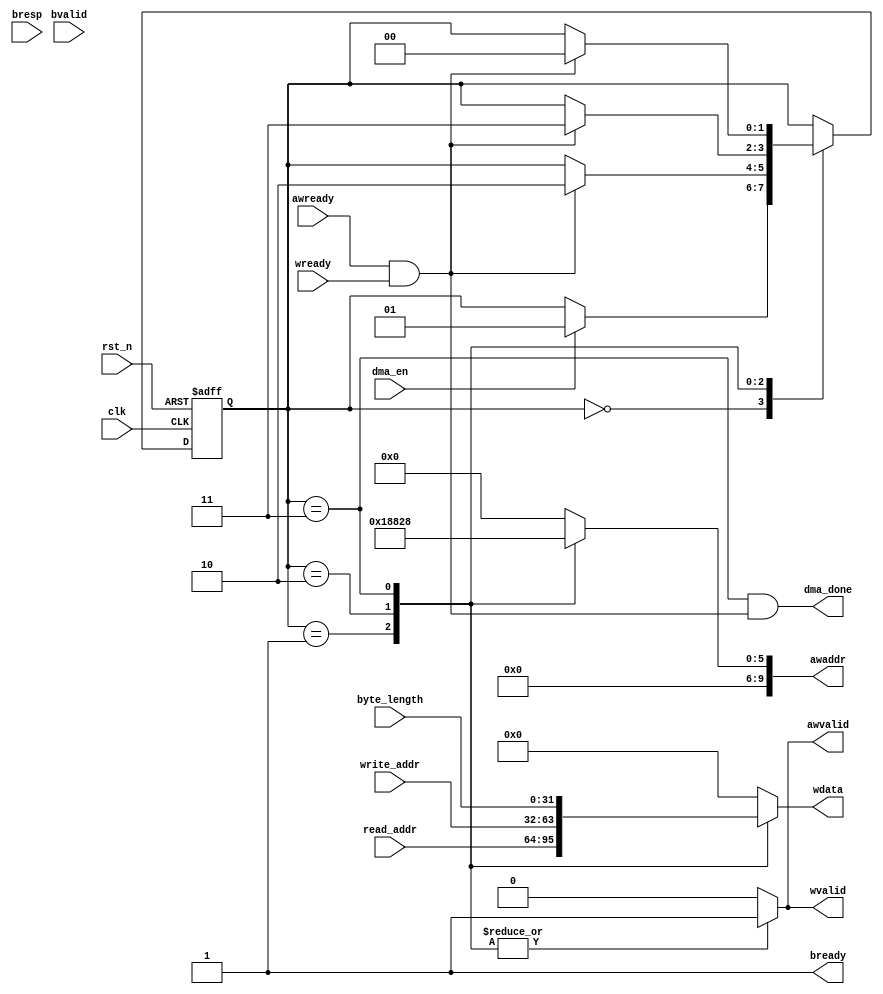
module CDMA_Control(
    input wire clk,
    input wire rst_n,
    input wire dma_en,
    input wire [31:0] read_addr,
    input wire [31:0] write_addr,
    input wire [31:0] byte_length,
    output wire dma_done,
    // AW channel
    input wire awready,
    output reg [9:0] awaddr,
    output reg awvalid,
    // B channel
    input wire [1:0] bresp,
    input wire bvalid,
    output wire bready,
    // W channel
    input wire wready,
    output reg [31:0] wdata,
    output reg wvalid
 
);
    parameter DEFAULT = 2'b00;
    parameter SET_READ_ADDR = 2'b01;
    parameter SET_WRITE_ADDR = 2'b10;
    parameter SET_BYTE_LENGTH = 2'b11;

    reg [1:0] state; // 00 - defaut, 01 - config read addr, 10 - config write addr, 11 - config byte length


    always @(posedge clk or negedge rst_n) begin
        if(!rst_n) begin
            state <= 2'b00;
        end
        else begin
            case(state)
                DEFAULT: begin
                    if(dma_en) state <= SET_READ_ADDR;
                    else state <= state;
                end
                SET_READ_ADDR: begin
                    if(awready & wready) state <= SET_WRITE_ADDR;
                    else state <= state;
                end
                SET_WRITE_ADDR: begin
                    if(awready & wready) state <= SET_BYTE_LENGTH;
                    else state <= state;
                end
                SET_BYTE_LENGTH: begin
                    if(awready & wready) state <= DEFAULT;
                end
                default: state <= DEFAULT;
            endcase
        end
    end

    always @(*) begin
        case(state)
            SET_READ_ADDR: begin
                awaddr = 10'h18;
                awvalid = 1'b1;
                wdata = read_addr;
                wvalid = 1'b1;
            end
            SET_WRITE_ADDR: begin
                awaddr = 10'h20;
                awvalid = 1'b1;
                wdata = write_addr;
                wvalid = 1'b1;
            end
            SET_BYTE_LENGTH: begin
                awaddr = 10'h28;
                awvalid = 1'b1;
                wdata = byte_length;
                wvalid = 1'b1;
            end
            default: begin
                awaddr = 10'd0;
                awvalid = 1'b0;
                wdata = 32'd0;
                wvalid = 1'b0;
            end
        endcase
    end


    assign bready = 1'b1;
    assign dma_done = ((state == SET_BYTE_LENGTH) & (awready & wready));
endmodule
// module CDMA_Control(
//     input clk,
//     input rst_n,
//     input start,
//     input [31:0]source_addr,
//     input [31:0]byte_length,
//     input m_axi_lite_awready,
//     input m_axi_lite_wready,
//     input m_axi_lite_bvalid,
//     input [1:0]m_axi_lite_bresp,
//     output reg [9:0]m_axi_lite_awaddr,
//     output reg m_axi_lite_awvalid,
//     output reg m_axi_lite_bready,
//     output reg [31:0]m_axi_lite_wdata,
//     output reg m_axi_lite_wvalid
//     );
    
//     reg [2:0]state = 3'b000;
//     reg [31:0]addr_source;
//     reg [31:0]length_byte;
    
//     always @(posedge clk or !rst_n)
//     begin
//     if (!rst_n) begin
//         state <= 3'b000;
//         m_axi_lite_awvalid <= 1'b0;
//         m_axi_lite_wvalid <= 1'b0;
//         m_axi_lite_bready <= 1'b0;
//         m_axi_lite_wdata <= 32'b0;
//         m_axi_lite_awaddr <= 32'b0;
//     end
//     else begin
//         case (state)
//         3'b000: begin
//             if (start) begin 
//                 state <= 3'b001;
//                 addr_source <= source_addr;
//                 length_byte <= byte_length;
//             end
//             else begin 
//                 state <= 3'b000;
//                 m_axi_lite_awvalid <= 1'b0;
//                 m_axi_lite_wvalid <= 1'b0;
//                 m_axi_lite_bready <= 1'b0;
//             end
//         end
        
//         3'b001: begin
//             if (m_axi_lite_awready && m_axi_lite_wready) begin
//                 m_axi_lite_awaddr <= 10'd0;
//                 m_axi_lite_awvalid <= 1'b0;
//                 m_axi_lite_wdata <= 32'b0;
//                 m_axi_lite_wvalid <= 1'b0;
//                 m_axi_lite_bready <= 1'b1;
//                 state <= 3'b010;
//             end
//             else begin
//                 m_axi_lite_awaddr <= 10'h18;
//                 m_axi_lite_awvalid <= 1'b1;
//                 m_axi_lite_wdata <= addr_source;
//                 m_axi_lite_wvalid <= 1'b1;
//             end
//         end
        
//         3'b010: begin        
//             if (m_axi_lite_bvalid) begin
//                 m_axi_lite_bready <= 1'b0;
//                 state <= 3'b011;
//             end
//             else m_axi_lite_bready <= 1'b1;
//         end
        
//         3'b011: begin
//             if (m_axi_lite_awready && m_axi_lite_wready) begin
//                 m_axi_lite_awaddr <= 10'h0;
//                 m_axi_lite_awvalid <= 1'b0;
//                 m_axi_lite_wdata <= 32'd0;
//                 m_axi_lite_wvalid <= 1'b0;
//                 m_axi_lite_bready <= 1'b1;
//                 state <= 3'b100;
//             end
//             else begin
//                 m_axi_lite_awaddr <= 10'h28;
//                 m_axi_lite_awvalid <= 1'b1;
//                 m_axi_lite_wdata <= length_byte;
//                 m_axi_lite_wvalid <= 1'b1;
//             end
//         end
        
//         3'b100: begin        
//             if (m_axi_lite_bvalid) begin
//                 m_axi_lite_bready <= 1'b0;
//                 state <= 3'b000;
//             end
//             else m_axi_lite_bready <= 1'b1;
//         end
        
//         default: state <= 3'b000;
//         endcase
//     end
//     end
// endmodule